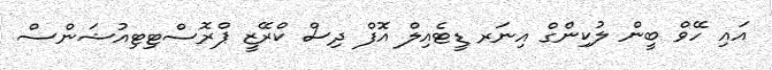
އައި ހޭވް ބީން ލުކިންގް އިނަރ ޑީޓެއިލް އޮފް ދިސް ކްރޭޒީ ޕްރޮސްޓިޓިއުޝަންސް